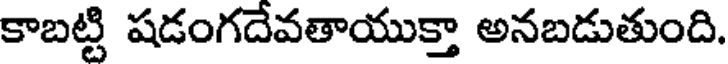
కాబట్టి షడంగదేవతాయుక్తా అనబడుతుంది.